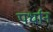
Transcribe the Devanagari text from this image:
पर्धान